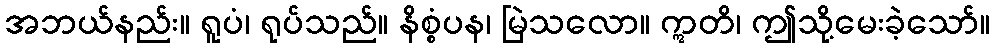
အဘယ်နည်း။ ရူပံ၊ ရုပ်သည်။ နိစ္စံပန၊ မြဲသလော။ ဣတိ၊ ဤသို့မေးခဲ့သော်။